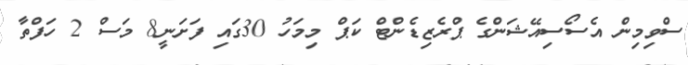
ސްވިމިން އެސޯސިއޭޝަންގެ ޕްރެޒިޑެންޓް ކަޕް މިމަހު 30ގައި ފަށަނީ8 މަސް 2 ހަފްތާ